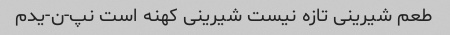
طعم شیرینی تازه نیست شیرینی کهنه است نپ-ن-یدم